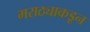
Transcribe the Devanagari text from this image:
मराठ्याकडून